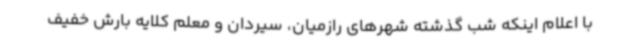
با اعلام اینکه شب گذشته شهرهای رازمیان، سیردان و معلم کلایه بارش خفیف